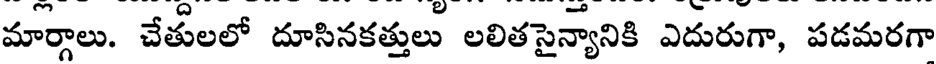
మార్గాలు. చేతులలో దూసినకత్తులు లలితసైన్యానికి ఎదురుగా, పడమరగా